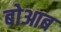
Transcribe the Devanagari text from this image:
बोआब